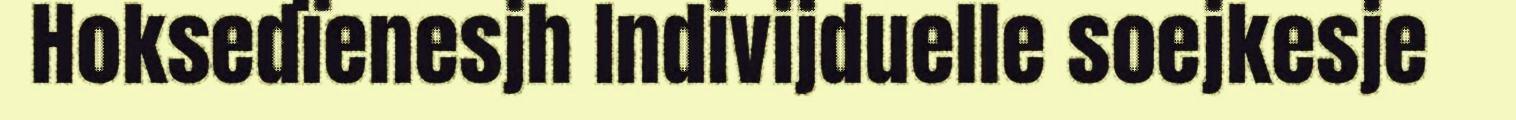
Hoksedïenesjh Indivijduelle soejkesje